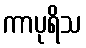
ကာပုရိသ